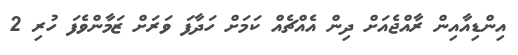
އިންޑިއާއިން ރާއްޖެއަށް ދިން އެއްޗެއް ކަމަށް ހަދާފަ ވަރަށް ޒަމާންވެފަ ހުރި 2